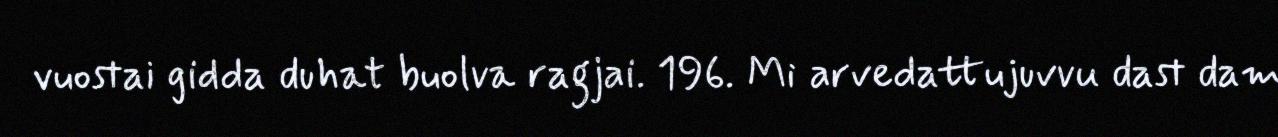
vuostai gidda duhat buolva ragjai. 196. Mi arvedattujuvvu dast dam